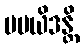
မမယိဒန္တိ